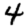
Digit: 4